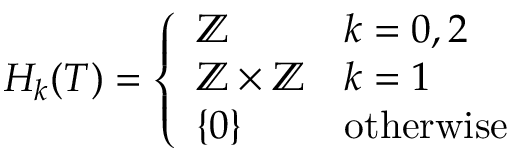
H _ { k } ( T ) = { \left\{ \begin{array} { l l } { \mathbb { Z } } & { k = 0 , 2 } \\ { \mathbb { Z } \times \mathbb { Z } } & { k = 1 } \\ { \{ 0 \} } & { { \mathrm { o t h e r w i s e } } } \end{array} \right. }